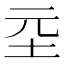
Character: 坖